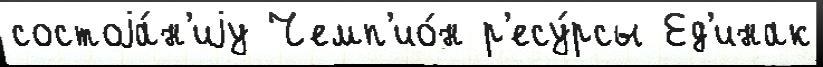
состоjа́н'иjу Чемп'ио́н р'есу́рсы Ед'инак